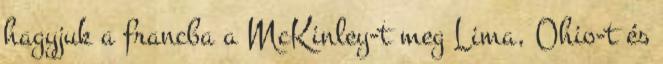
hagyjuk a francba a McKinley-t meg Lima, Ohio-t és